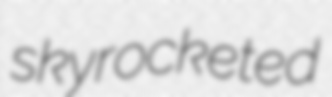
skyrocketed